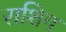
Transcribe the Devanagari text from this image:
राशिग